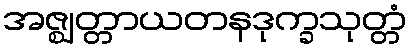
အဇ္ဈတ္တာယတနဒုက္ခသုတ္တံ